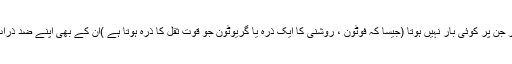
لیکن ان ذرّات پر جن پر کوئی بار نہیں ہوتا (جیسا کہ فوٹون ، روشنی کا ایک ذرّہ یا گریوٹون جو قوّت ثقل کا ذرّہ ہوتا ہے )ان کے بھی اپنے ضد ذرّات ہو سکتے ہیں۔